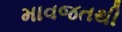
માવજતથી